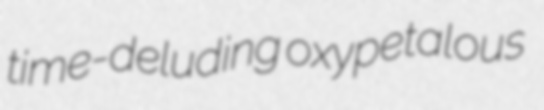
time-deluding oxypetalous